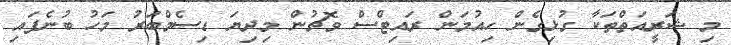
މި ޝަރީއަތްތަކާ ގުޅިގެން ހިއުމަން ރައިޓްސް ވޮޗުން މިދިޔަ ޑިސެމްބަރު މަހު ބުނެފައި